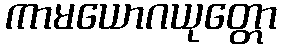
ကာမယောဂယုတ္တော